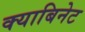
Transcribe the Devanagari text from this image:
क्याबिनेट